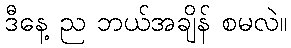
ဒီနေ့ ည ဘယ်အချိန် စမလဲ။